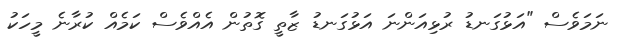
ނަމަވެސް "އަޅުގަނޑު ރުޅިއަންނަ އަޅުގަނޑު ޒާތީ ގޮތުން އެއްވެސް ކަމެއް ކުރާނެ މީހަކު